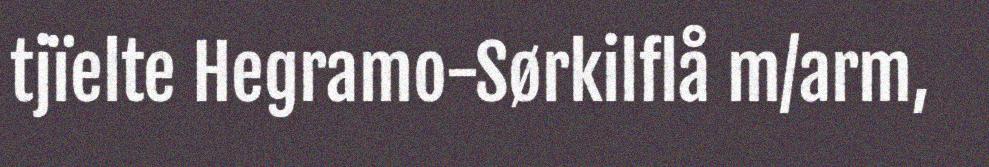
tjïelte Hegramo-Sørkilflå m/arm,